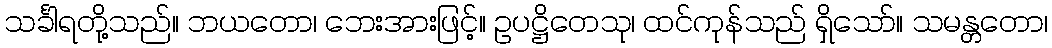
သင်္ခါရတို့သည်။ ဘယတော၊ ဘေးအားဖြင့်။ ဥပဋ္ဌိတေသု၊ ထင်ကုန်သည် ရှိသော်။ သမန္တတော၊